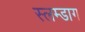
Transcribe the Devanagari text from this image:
स्लम्डाग